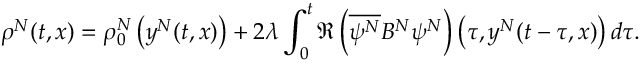
\rho ^ { N } ( t , x ) = \rho _ { 0 } ^ { N } \left( y ^ { N } ( t , x ) \right) + 2 \lambda \int _ { 0 } ^ { t } \Re \left( \overline { { \psi ^ { N } } } B ^ { N } \psi ^ { N } \right) \left( \tau , y ^ { N } ( t - \tau , x ) \right) d \tau .